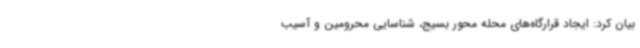
بیان کرد: ایجاد قرارگاه‌های محله محور بسیج، شناسایی محرومین و آسیب